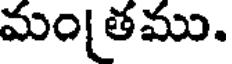
మం తము.